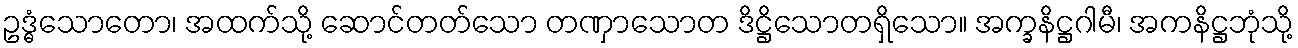
ဥဒ္ဓံသောတော၊ အထက်သို့ ဆောင်တတ်သော တဏှာသောတ ဒိဋ္ဌိသောတရှိသော။ အက္ခနိဋ္ဌဂါမီ၊ အကနိဋ္ဌဘုံသို့